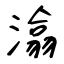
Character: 潝